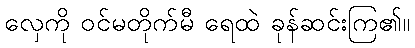
လှေကို ဝင်မတိုက်မီ ရေထဲ ခုန်ဆင်းကြ၏။